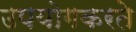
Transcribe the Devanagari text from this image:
उपयोगकरते